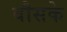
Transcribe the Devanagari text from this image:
वौसके